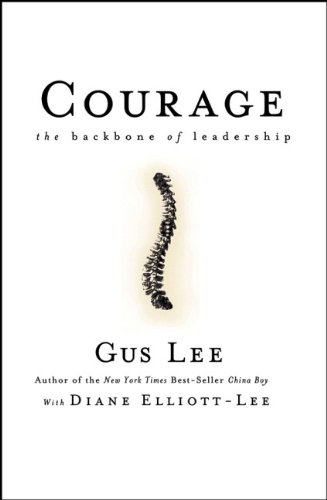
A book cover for Courage: The Backbone of Leadership; Gus Lee; Literature & Fiction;